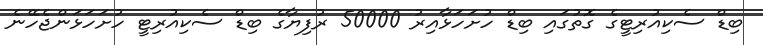
ބިޑް ސެކިއުރިޓީގެ ގޮތުގައި ބިޑް ހުށަހަޅާއިރު 50000 ރުފިޔާގެ ބިޑް ސެކިއުރިޓީ ހުށަހަޅަންޖެހޭނެ